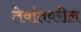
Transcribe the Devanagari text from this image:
लेवांतवरील